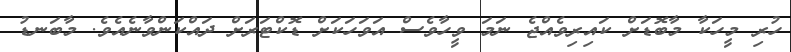
ހުރި މީހަކާ މާބޮޑަށް ކައިރިވެއްޖެ ނަމަ ވީހާވެސް އަވަހަކަށް ޑޮކްޓަރަށް ދައްކަންވާނެއެވެ. މާބަނޑު